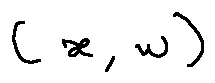
( x , w )